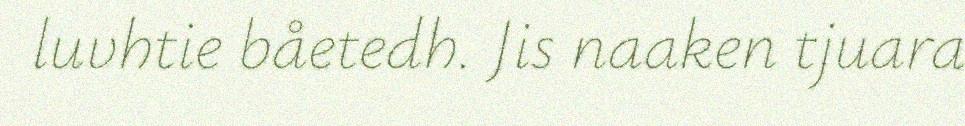
luvhtie båetedh. Jis naaken tjuara